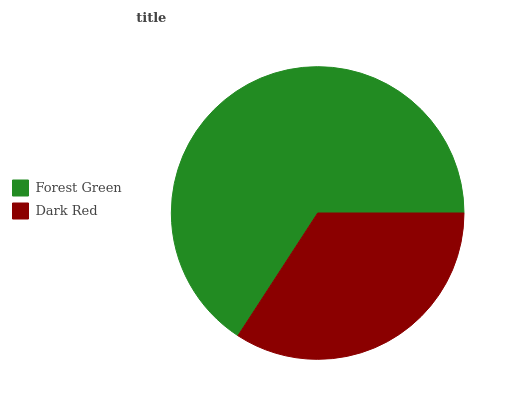
| Forest Green | Dark Red |
 | --- | --- |
 | 65.8% | 34.2% |